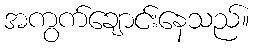
အကွက်ချောင်းနေသည်။